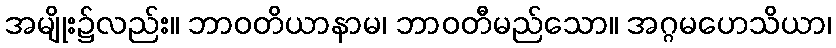
အမျိုး၌လည်း။ ဘာဝတိယာနာမ၊ ဘာဝတီမည်သော။ အဂ္ဂမဟေသိယာ၊